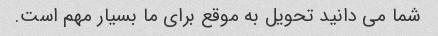
شما می دانید تحویل به موقع برای ما بسیار مهم است.